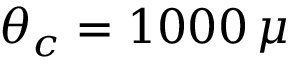
\theta _ { c } = 1 0 0 0 \, \mu